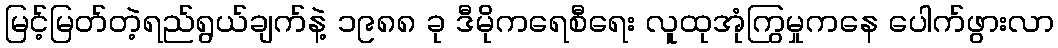
မြင့်မြတ်တဲ့ရည်ရွယ်ချက်နဲ့ ၁၉၈၈ ခု ဒီမိုကရေစီရေး လူထုအုံကြွမှုကနေ ပေါက်ဖွားလာ